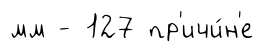
мм - 127 пр'ичи́н'е